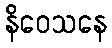
နိဝေသနေ